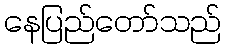
နေပြည်တော်သည်